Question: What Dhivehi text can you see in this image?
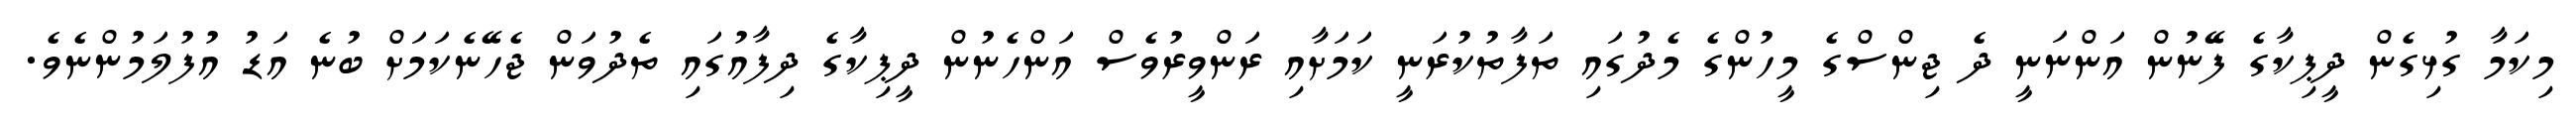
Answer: މިކަމާ ގުޅިގެން ދީޕިކާގެ ފޭނުން އަންނަނީ ދެ ޖިންސްގެ މީހުންގެ މެދުގައި ތަފާތުކުރަނީ ކަމަށާއި ރަންވީރުވެސް އަންހެނުން ދީޕިކާގެ ދިފާއުގައި ތެދުވަން ޖެހޭނެކަމަށް ބުނެ އަޑު އުފުލަމުންނެވެ.